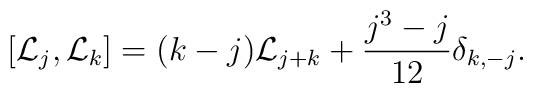
\left[{\cal L}_j,{\cal L}_k\right]=(k-j){\cal L}_{j+k} + {j^3-j\over 12}\delta_{k,-j}.